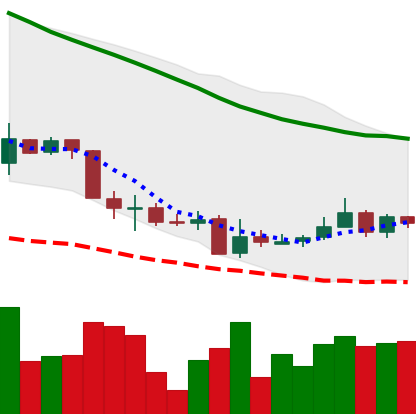
Ticker: XMR-USD
Chart end date: 2018-06-06
Forward return: -16.142%
Label: down_7plus